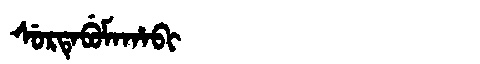
Manchu: ᠰᡠᡵᡨᡝᠪᡠᠮᠠᡥᠠᠪᡳ
Romanization: SURTEBUMAHABI